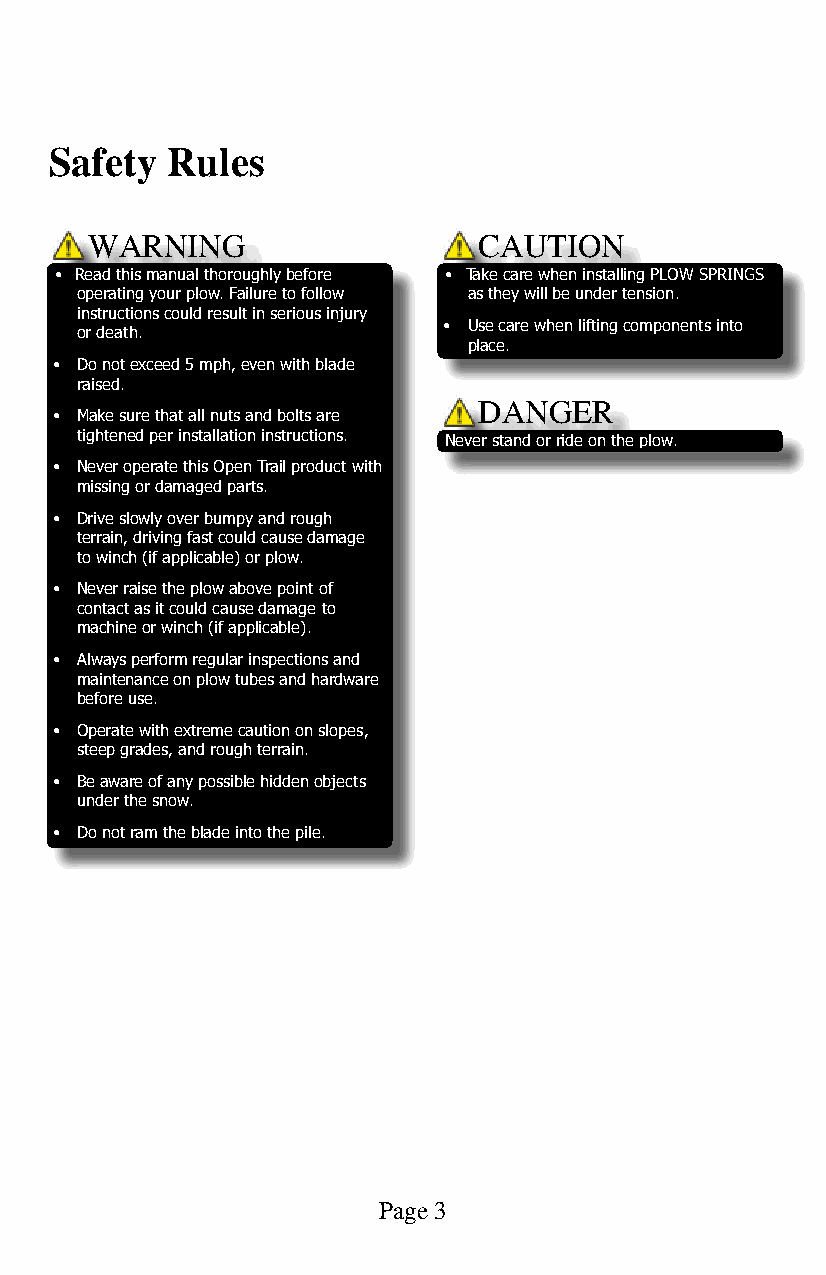
Safety  Rules
 WARNING                   CAUTION
 • Read this manual thoroughly before • Take care when installing PLOW SPRINGS
 operating your plow. Failure to follow as they will be under tension.
 instructions could result in serious injury
 • Use care when lifting components into
 or death.
 place.
 • Do not exceed 5 mph, even with blade
 raised.
 DANGER
 • Make sure that all nuts and bolts are
 tightened per installation instructions. Never stand or ride on the plow.
 • Never operate this Open Trail product with
 missing or damaged parts.
 • Drive slowly over bumpy and rough
 terrain, driving fast could cause damage
 to winch (if applicable) or plow.
 • Never raise the plow above point of
 contact as it could cause damage to
 machine or winch (if applicable).
 • Always perform regular inspections and
 maintenance on plow tubes and hardware
 before use.
 • Operate with extreme caution on slopes,
 steep grades, and rough terrain.
 • Be aware of any possible hidden objects
 under the snow.
 • Do not ram the blade into the pile.
 Page 3